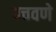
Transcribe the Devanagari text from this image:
पचवणे